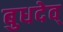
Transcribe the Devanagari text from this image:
बुधदेव्